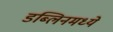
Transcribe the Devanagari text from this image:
डब्लिनमध्ये